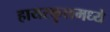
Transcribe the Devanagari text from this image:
हायस्कुलमध्ये